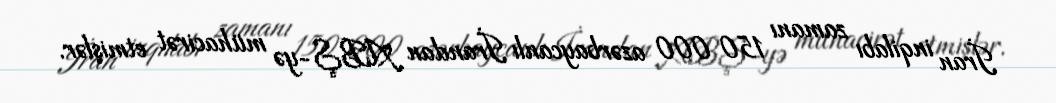
İran inqilabı zamanı 150 000 azərbaycanlı İrandan ABŞ-yə mühacirət etmişlər.